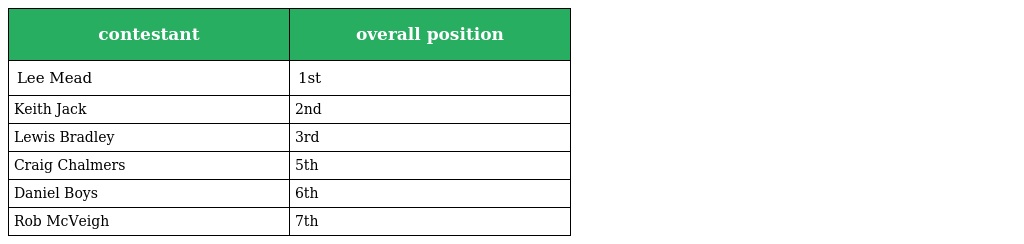
| contestant | overall position |
 | --- | --- |
 | Lee Mead | 1st |
 | Keith Jack | 2nd |
 | Lewis Bradley | 3rd |
 | Craig Chalmers | 5th |
 | Daniel Boys | 6th |
 | Rob McVeigh | 7th |